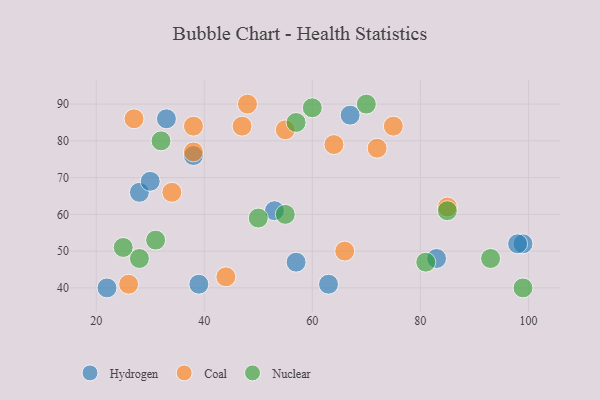
{"axis": {"x": "GDP", "y": "Life Expectancy"}, "legend": ["Coal", "Hydrogen", "Nuclear"], "data": [{"x": "53", "y": 61, "type": "Hydrogen"}, {"x": "28", "y": 66, "type": "Hydrogen"}, {"x": "22", "y": 40, "type": "Hydrogen"}, {"x": "99", "y": 52, "type": "Hydrogen"}, {"x": "38", "y": 76, "type": "Hydrogen"}, {"x": "98", "y": 52, "type": "Hydrogen"}, {"x": "39", "y": 41, "type": "Hydrogen"}, {"x": "67", "y": 87, "type": "Hydrogen"}, {"x": "57", "y": 47, "type": "Hydrogen"}, {"x": "33", "y": 86, "type": "Hydrogen"}, {"x": "30", "y": 69, "type": "Hydrogen"}, {"x": "63", "y": 41, "type": "Hydrogen"}, {"x": "83", "y": 48, "type": "Hydrogen"}, {"x": "27", "y": 86, "type": "Coal"}, {"x": "47", "y": 84, "type": "Coal"}, {"x": "44", "y": 43, "type": "Coal"}, {"x": "38", "y": 77, "type": "Coal"}, {"x": "75", "y": 84, "type": "Coal"}, {"x": "34", "y": 66, "type": "Coal"}, {"x": "85", "y": 62, "type": "Coal"}, {"x": "66", "y": 50, "type": "Coal"}, {"x": "55", "y": 83, "type": "Coal"}, {"x": "72", "y": 78, "type": "Coal"}, {"x": "26", "y": 41, "type": "Coal"}, {"x": "48", "y": 90, "type": "Coal"}, {"x": "38", "y": 84, "type": "Coal"}, {"x": "64", "y": 79, "type": "Coal"}, {"x": "81", "y": 47, "type": "Nuclear"}, {"x": "93", "y": 48, "type": "Nuclear"}, {"x": "50", "y": 59, "type": "Nuclear"}, {"x": "55", "y": 60, "type": "Nuclear"}, {"x": "85", "y": 61, "type": "Nuclear"}, {"x": "57", "y": 85, "type": "Nuclear"}, {"x": "32", "y": 80, "type": "Nuclear"}, {"x": "70", "y": 90, "type": "Nuclear"}, {"x": "28", "y": 48, "type": "Nuclear"}, {"x": "60", "y": 89, "type": "Nuclear"}, {"x": "99", "y": 40, "type": "Nuclear"}, {"x": "25", "y": 51, "type": "Nuclear"}, {"x": "31", "y": 53, "type": "Nuclear"}]}